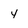
Character: 4